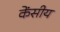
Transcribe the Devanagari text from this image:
केंसीय